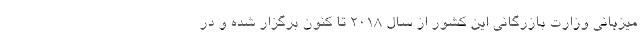
میزبانی وزارت بازرگانی این کشور از سال 2018 تا کنون برگزار شده و در